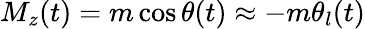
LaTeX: M_{z}(t)=m\cos\theta(t)\approx-m\theta_{l}(t)